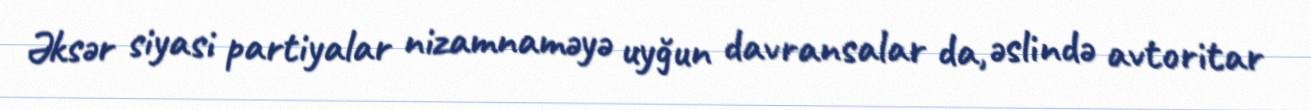
Əksər siyasi partiyalar nizamnaməyə uyğun davransalar da, əslində avtoritar